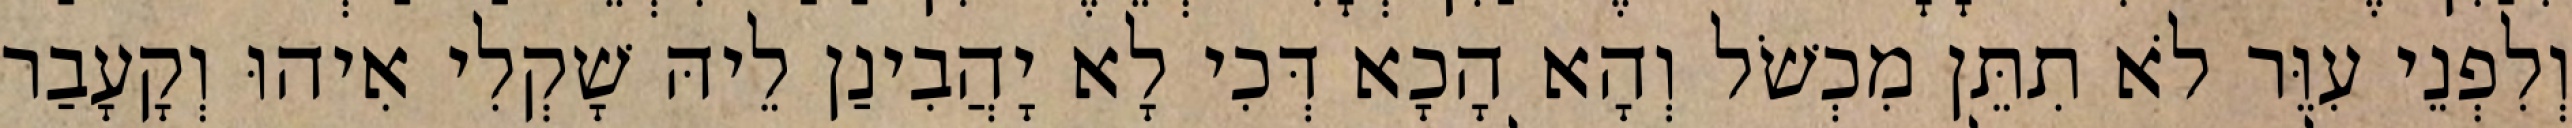
וְלִפְנֵי עִוֵּר לֹא תִתֵּן מִכְשֹׁל וְהָא הָכָא דְּכִי לָא יָהֲבִינַן לֵיהּ שָׁקְלִי אִיהוּ וְקָעָבַר